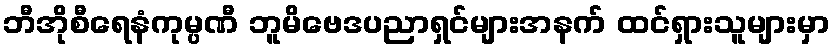
ဘီအိုစီရေနံကုမ္ပဏီ ဘူမိဗေဒပညာရှင်များအနက် ထင်ရှားသူများမှာ